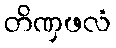
တိဏှဖလံ